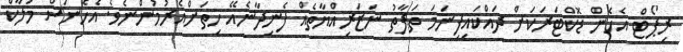
ރިޕޯޓް އެހެން ޑޮކްޓަރަކަށް ދައްކައިފިނަމަ ތަފާތު ނަޒަރިއްޔާތެއް ފެނިދާނެއޭ ހިތަށްއެރުމުންނެވެ. އެހެނަސް މަލާކް